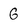
Character: G